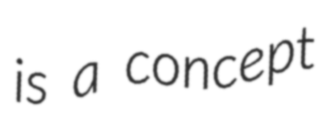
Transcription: is a concept